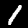
Digit: 1